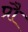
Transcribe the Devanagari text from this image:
प्रौ